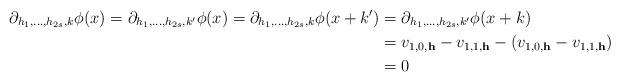
LaTeX: \begin{align*} \partial_{h_1,\dots,h_{2s},k}\phi(x)=\partial_{h_1,\dots,h_{2s},k'}\phi(x)=\partial_{h_1,\dots,h_{2s},k}\phi(x+k')&=\partial_{h_1,\dots,h_{2s},k'}\phi(x+k) \\ &=v_{1,0,\mathbf{h}}-v_{1,1,\mathbf{h}}-(v_{1,0,\mathbf{h}}-v_{1,1,\mathbf{h}}) \\ &=0 \end{align*}